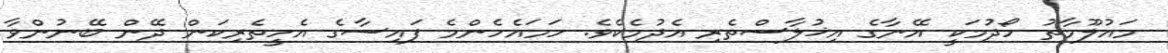
މައުލޫމާތު ހޯދުމަކީ އޭނާގެ އިޚުލާސްތެރި އެދުމެކެވެ. ހަމައެހެންމެ ފައިސާގެ އެހީތެރިކަން ދޭން ބޭނުންވާ